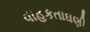
વાહકતાઘણી